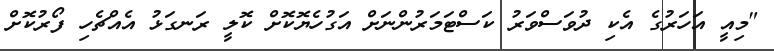
"މިއީ އަހަރުގެ އެކި ދުވަސްވަރު ކަސްޓަމަރުންނަށް އަގުހެޔޮކޮށް ކޮލީ ރަނގަޅު އެއްޗެހި ފޯރުކޮށް